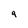
Character: 9